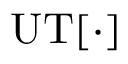
\mathrm { U T } [ \cdot ]